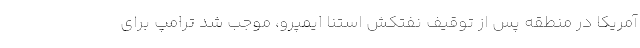
آمریکا در منطقه پس از توقیف نفتکش استنا ایمپرو، موجب شد ترامپ برای